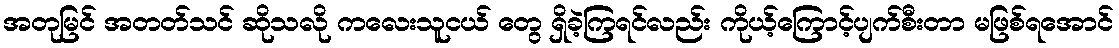
အတုမြင် အတတ်သင် ဆိုသလို ကလေးသူငယ် တွေ ရှိခဲ့ကြရင်လည်း ကိုယ့်ကြောင့်ပျက်စီးတာ မဖြစ်ရအောင်